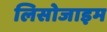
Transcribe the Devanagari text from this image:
लिसोजाइम